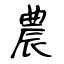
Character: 農